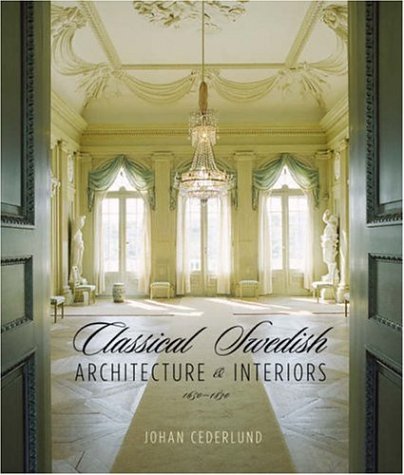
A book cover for Classical Swedish Architecture and Interiors: 1650-1840; Johan Cederlund; History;